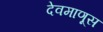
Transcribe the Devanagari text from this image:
देवमाणूस